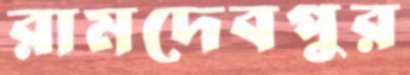
রামদেবপুর